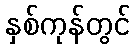
နှစ်ကုန်တွင်